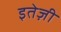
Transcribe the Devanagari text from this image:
इतेज़ी